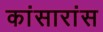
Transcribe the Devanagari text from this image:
कांसारांस